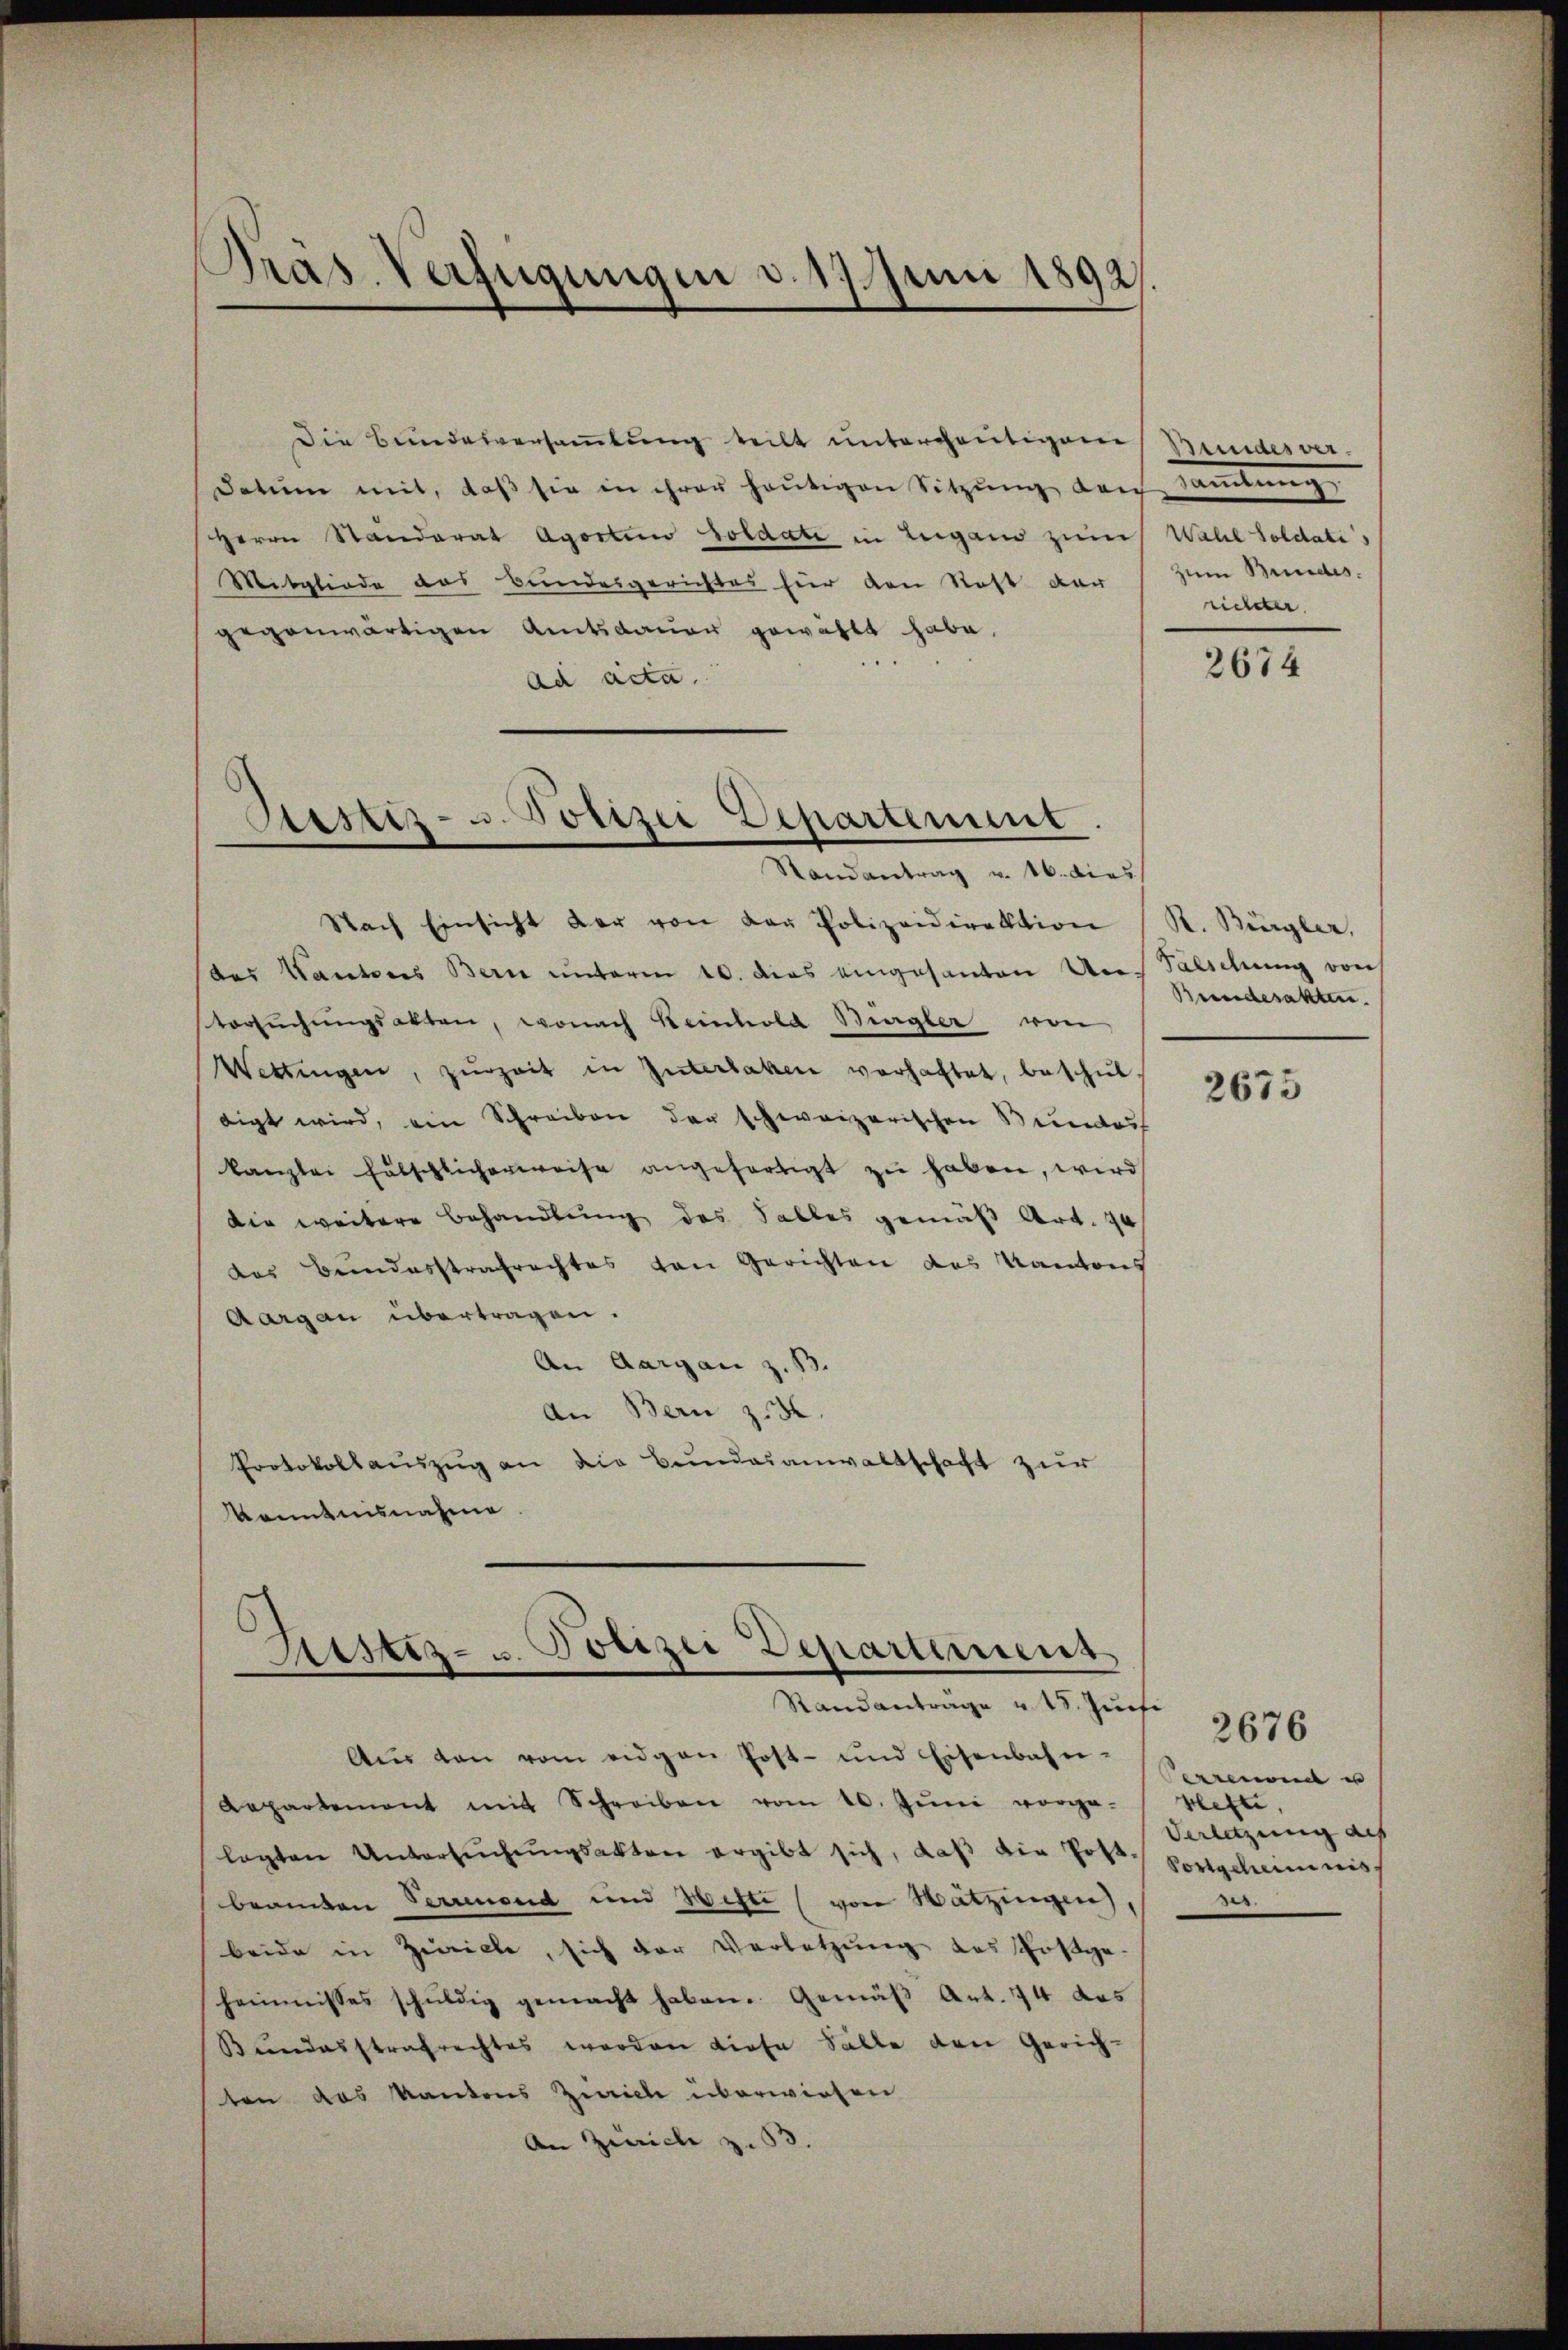
Pras. Verfügungen d. 17. Juni 1892.

Die Bundesversamlung teilt untergeutigen
Datum mit, daβ sie in ihrer heŭtigen Sitzŭng den saṁlŭng
Herrn Standerat Agorten Soldate in Lugano zum Wall Soldatis
Mitgliede das Bundesgerichtes für den Saft der
gegenwärtigen Amtsdauer gewählt habe,
ad acta.
Randantrag v. 16. dies
Nach Einsicht der von der Polizeidirektion
des Kantons Bern unterm 10. dies eingesanten Uns Falschung von
tersŭchŭngsakten, wonach Heinhold Bergler von
Wettingen, zŭrzeit in Interlaken verhaftet, beschil
tigt wird, ein Schreiben der schweizerischen Bundes
kanzlei Fälschlicherweise angefertigt zŭ haben, wird
Die weitere Behandlung des Salles gemäß Art. 70
das Bundesstrafrechtes von Gerichten des Kantons
Aargau übertragen.
An Aargau z. 13.
An Bern z. B.
Protokollauszug an die Bundesanwaltschaft zur
Kenntnisnahme.

Aister- u. Polizei Departement.

Astiz- u. Polizei Departement

Standantrage u. 15. Juni
Aŭs den vom eidgen Post- und Eisenbahn-
Repartement mit Schreiben vom 10. Jŭni vorge-
lagten Untersŭchŭngsakter ergibt sich, daβ die hoft.
beamten Verunend und Witti (von Watzingen),
beide in Zwicke, sich der Verletzung des Postge-
heimisses schuldig gemacht haben. Gemäß Art. 74 das
Bundesstrafrechtes worden diese Salle den Gerich-
ten das Kantons Zürich überwiesen
An Zürich z. 53.

Smaesver
zum Bundes.
richter.

2674

R. Bürgler,
Beendesakten.

2675

Verrena u
Hefte,
Verletzung des
Vorgeheimnis
e

2676